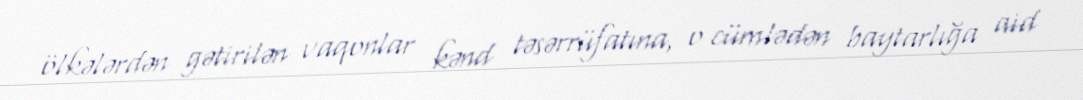
ölkələrdən gətirilən vaqonlar kənd təsərrüfatına, o cümlədən baytarlığa aid